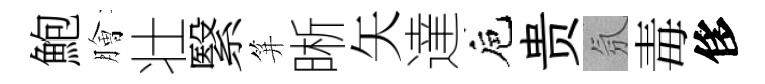
鮑膾壮繄笄晰矢達巵贵氛毒侈